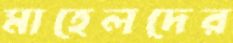
মাহেলদের